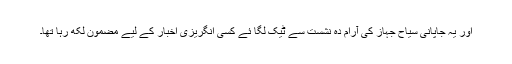
اور یہ جاپانی سیاح جہاز کی آرام دہ نشست سے ٹیک لگا ئے کسی انگریزی اخبار کے لیے مضمون لکھ رہا تھا۔